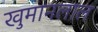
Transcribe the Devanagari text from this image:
खुमानलाल